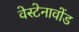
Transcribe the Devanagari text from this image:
वेस्टेनावोंड